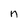
Character: n